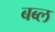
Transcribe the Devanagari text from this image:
बब्ल